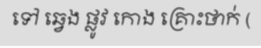
ទៅ ឆ្វេង ផ្លូវ កោង គ្រោះថាក់ (